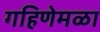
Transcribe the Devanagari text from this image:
गहिणेमळा